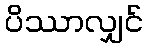
ပိဿာလျှင်